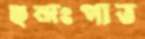
ছন্দঃপাত